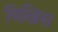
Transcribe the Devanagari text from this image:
विल्निस